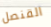
القنصل